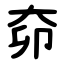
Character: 奅